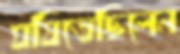
ঘষিতেছিলেন